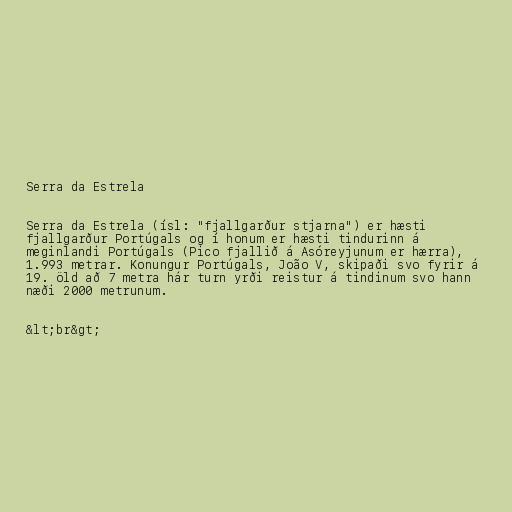
Serra da Estrela

Serra da Estrela (ísl: "fjallgarður stjarna") er hæsti
fjallgarður Portúgals og í honum er hæsti tindurinn á
meginlandi Portúgals (Pico fjallið á Asóreyjunum er hærra),
1.993 metrar. Konungur Portúgals, João V, skipaði svo fyrir á
19. öld að 7 metra hár turn yrði reistur á tindinum svo hann
næði 2000 metrunum.

&lt;br&gt;